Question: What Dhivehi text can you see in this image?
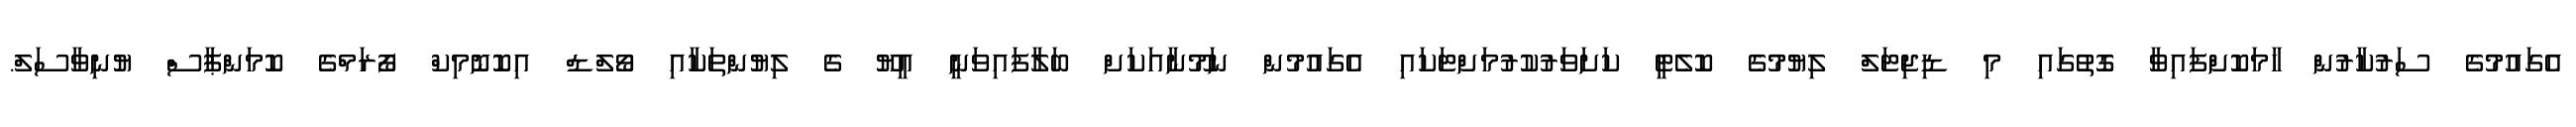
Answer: އެގައުމުގެ ސަރުކާރުން ހާމަކޮށްފައިވާ ގޮތުގައި މި ޑިޖިޓަލް ލިޔުމުގެ ކޮލެޓީ ކަށަވަރުކުރުމަށްޓަކައި އެގައުމުން ނަމޫނާއަކަށް ބަލާފައިވަނީ އީޔޫ ގެ ލިޔުންތަކާއި ވޯލްޑް އިކޮނޮމިކް ފޯރަމްގެ ކޮމަންޕާސް ޔުނިވާސަލް.